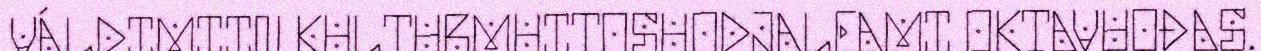
VÁLDIMIIN KULTURMUITOSUODJALEAMI OKTAVUOĐAS.